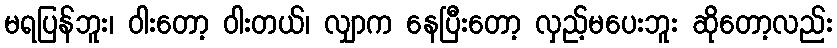
မရပြန်ဘူး၊ ဝါးတော့ ဝါးတယ်၊ လျှာက နေပြီးတော့ လှည့်မပေးဘူး ဆိုတော့လည်း